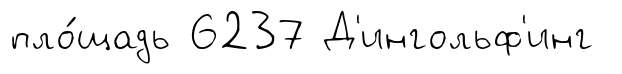
пло́щадь 6237 Д'ингольф'инг